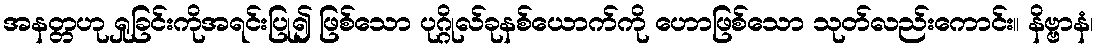
အနတ္တဟု ရှုခြင်းကိုအရင်းပြု၍ ဖြစ်သော ပုဂ္ဂိုလ်ခုနစ်ယောက်ကို ဟောဖြစ်သော သုတ်လည်းကောင်း။ နိဗ္ဗာနံ၊